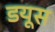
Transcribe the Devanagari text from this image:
डयूस